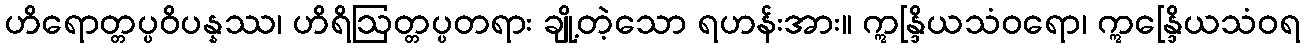
ဟိရောတ္တပ္ပဝိပန္နဿ၊ ဟိရိဩတ္တပ္ပတရား ချို့တဲ့သော ရဟန်းအား။ ဣန္ဒြိယသံဝရော၊ ဣန္ဒြေိယသံဝရ